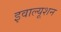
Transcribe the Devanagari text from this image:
इवाल्यूशन